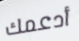
أدعمك